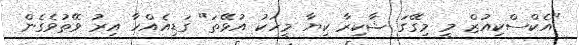
"އެކްސްކިއުޒް މީ މިގޭގަ ޝާކިރާ ކިޔާ މީހަކު އުޅޭތަ" ގަޑިއެއްހާ އިރު ވޭތުވެގެން